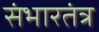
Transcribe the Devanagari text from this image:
संभारतंत्र